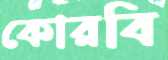
কোরবি